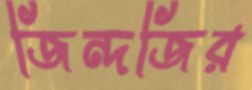
জিন্দজির